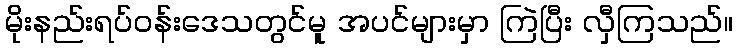
မိုးနည်းရပ်ဝန်းဒေသတွင်မူ အပင်များမှာ ကြဲပြီး လှီကြသည်။